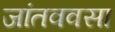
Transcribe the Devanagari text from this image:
जांतववसा